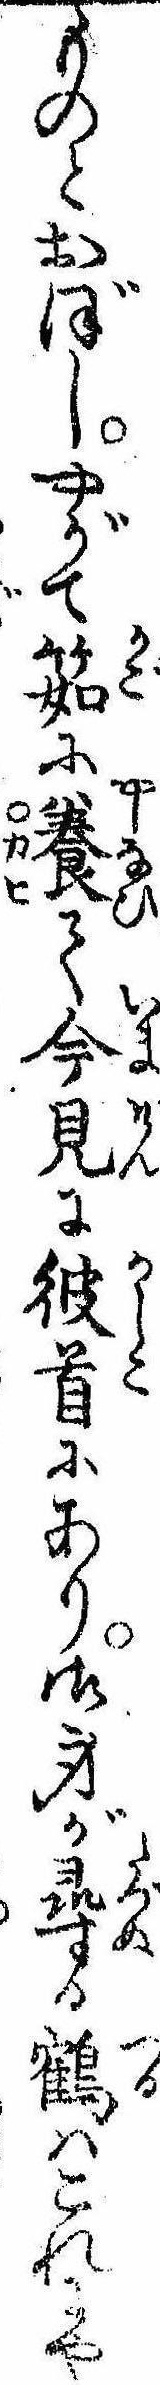
ものとおぼしやがて筎に養て今見に彼首にあり御身が尋る鶴はこれにや